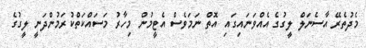
މެދުތެރޭ އާސެނަލް ލީގުގެ އެއްވަނައިގައި އޮތް ނަމަވެސް އެޓީމުން މިހާރު މަސައްކަތްކުރަމުންދަނީ ލީގުގެ